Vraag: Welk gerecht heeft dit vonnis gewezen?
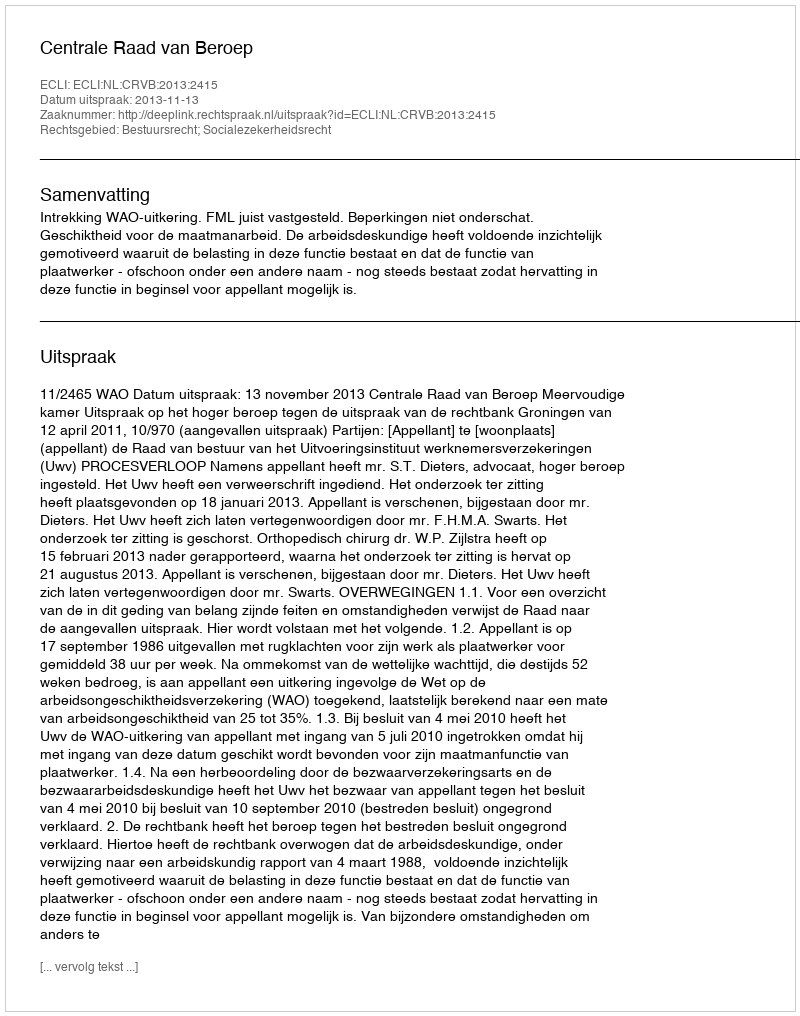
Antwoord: Centrale Raad van Beroep